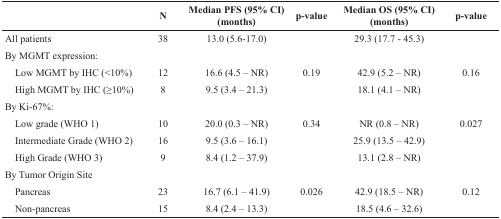
<table><thead><tr><td></td><td><b>N</b></td><td><b>Median PFS (95% CI) (months)</b></td><td><b>p-value</b></td><td><b>Median OS (95% CI) (months)</b></td><td><b>p-value</b></td></tr></thead><tbody><tr><td>All patients</td><td>38</td><td>13.0 (5.6-17.0)</td><td></td><td>29.3 (17.7 - 45.3)</td><td></td></tr><tr><td>By MGMT expression:</td><td></td><td></td><td></td><td></td><td></td></tr><tr><td> Low MGMT by IHC (&lt;10%)</td><td>12</td><td>16.6 (4.5 – NR)</td><td>0.19</td><td>42.9 (5.2 – NR)</td><td>0.16</td></tr><tr><td> High MGMT by IHC (≥10%)</td><td>8</td><td>9.5 (3.4 – 21.3)</td><td></td><td>18.1 (4.1 – NR)</td><td></td></tr><tr><td>By Ki-67%:</td><td></td><td></td><td></td><td></td><td></td></tr><tr><td> Low grade (WHO 1)</td><td>10</td><td>20.0 (0.3 – NR)</td><td>0.34</td><td>NR (0.8 – NR)</td><td>0.027</td></tr><tr><td> Intermediate Grade (WHO 2)</td><td>16</td><td>9.5 (3.6 – 16.1)</td><td></td><td>25.9 (13.5 – 42.9)</td><td></td></tr><tr><td> High Grade (WHO 3)</td><td>9</td><td>8.4 (1.2 – 37.9)</td><td></td><td>13.1 (2.8 – NR)</td><td></td></tr><tr><td>By Tumor Origin Site</td><td></td><td></td><td></td><td></td><td></td></tr><tr><td> Pancreas</td><td>23</td><td>16.7 (6.1 – 41.9)</td><td>0.026</td><td>42.9 (18.5 – NR)</td><td>0.12</td></tr><tr><td> Non-pancreas</td><td>15</td><td>8.4 (2.4 – 13.3)</td><td></td><td>18.5 (4.6 – 32.6)</td><td></td></tr></tbody></table>